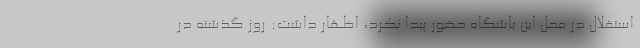
استقلال در محل این باشگاه حضور پیدا نکرد، اظهار داشت: روز گذشته در